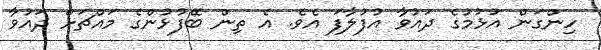
ހިންގަން އުޅުމުގެ ދައުވާ އުފުލާފަ އެވެ. އެ ތިން ބޭފުޅުންގެ މައްޗަށް ދައުވާ